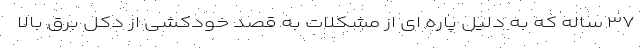
۳۷ ساله که به دلیل پاره ای از مشکلات به قصد خودکشی از دکل برق بالا